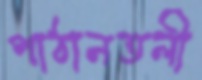
পাঠানতলী